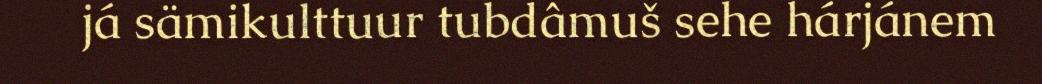
já sämikulttuur tubdâmuš sehe hárjánem